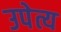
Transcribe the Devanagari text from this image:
उपेत्य